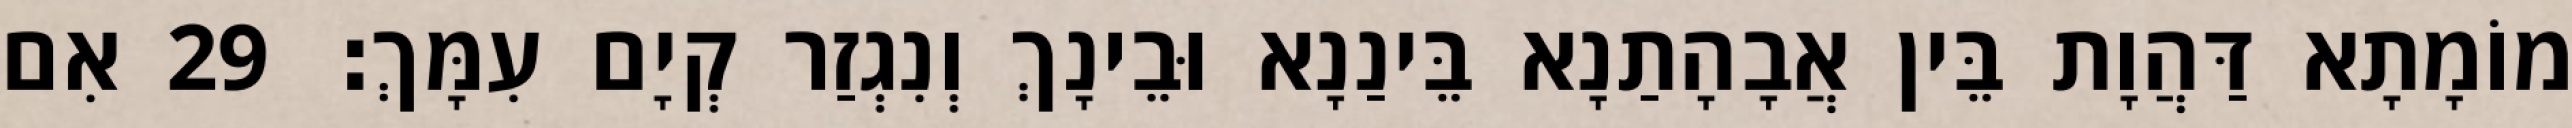
מוֹמָתָא דַּהֲוָת בֵּין אֲבָהָתַנָא בֵּינַנָא וּבֵינָךְ וְנִגְזַר קְיָם עִמָּךְ׃ 29 אִם